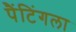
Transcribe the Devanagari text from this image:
पैंटिंगला